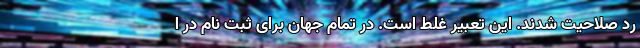
رد صلاحیت شدند. این تعبیر غلط است. در تمام جهان برای ثبت نام در ا